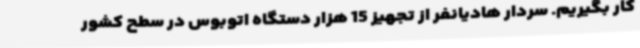
کار بگیریم. سردار هادیانفر از تجهیز 15 هزار دستگاه اتوبوس در سطح کشور